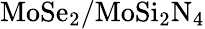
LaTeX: \mathrm{MoSe_{2}/MoSi_{2}N_{4}}